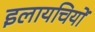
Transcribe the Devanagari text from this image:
इलायचियों